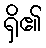
ရှိ၏